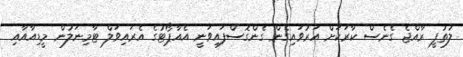
ލުތުފީ ރާއްޖެ ގެނެސް ކާރަކަށް އަރުވައިގެން ގެންގޮސްފައިވަނީ އެއާޕޯޓުގެ އެރައިވަލް ޓާމިނަލުން މީޑިއާއާއި